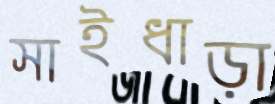
সাইধাড়া